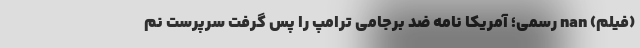
(فیلم) nan رسمی؛ آمریکا نامه ضد برجامی ترامپ را پس گرفت سرپرست نم